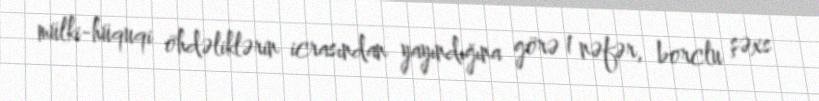
mülki-hüquqi öhdəliklərin icrasından yayındığına görə 1 nəfər, borclu şəxs